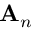
\mathbf { A } _ { n }